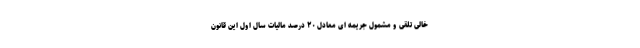
خالی تلقی و مشمول جریمه ای معادل ۲۰ درصد مالیات سال اول این قانون